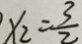
x _ { 2 } = \frac { 3 } { 2 }